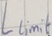
Text: Llimit